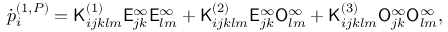
\dot { p } _ { i } ^ { ( 1 , P ) } = \mathsf { K } _ { i j k l m } ^ { ( 1 ) } \mathsf { E } _ { j k } ^ { \infty } \mathsf { E } _ { l m } ^ { \infty } + \mathsf { K } _ { i j k l m } ^ { ( 2 ) } \mathsf { E } _ { j k } ^ { \infty } \mathsf { O } _ { l m } ^ { \infty } + \mathsf { K } _ { i j k l m } ^ { ( 3 ) } \mathsf { O } _ { j k } ^ { \infty } \mathsf { O } _ { l m } ^ { \infty } ,